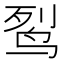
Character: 䴕